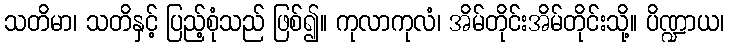
သတိမာ၊ သတိနှင့် ပြည့်စုံသည် ဖြစ်၍။ ကုလာကုလံ၊ အိမ်တိုင်းအိမ်တိုင်းသို့။ ပိဏ္ဍာယ၊